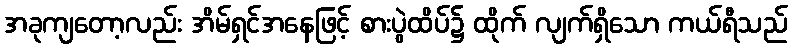
အခုကျတော့လည်း အိမ်ရှင်အနေဖြင့် စားပွဲထိပ်၌ ထိုက် လျက်ရှိသော ကယ်ရီသည်